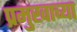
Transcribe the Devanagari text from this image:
प्रमुखाच्या